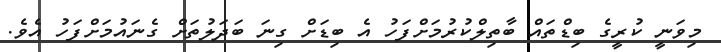
މިވަނީ ކުރީގެ ބިޑްތައް ބާތިލްކުރުމަށްފަހު އެ ބިޑަށް ގިނަ ބަދަލުތަށް ގެނައުމަށްފަހު އެވެ.